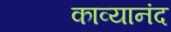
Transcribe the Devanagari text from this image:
काव्यानंद